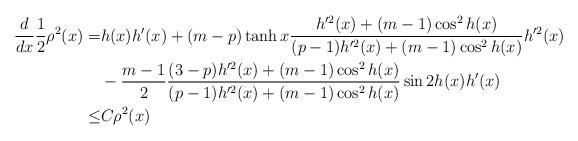
LaTeX: \begin{align*}\frac{d}{dx}\frac{1}{2}\rho^2(x)=&h(x)h'(x)+(m-p)\tanh x\frac{h'^2(x)+(m-1)\cos^2h(x)}{(p-1)h'^2(x)+(m-1)\cos^2h(x)}h'^2(x) \\&-\frac{m-1}{2}\frac{(3-p)h'^2(x)+(m-1)\cos^2h(x)}{(p-1)h'^2(x)+(m-1)\cos^2h(x)}\sin 2h(x)h'(x) \\\leq &C\rho^2(x)\end{align*}